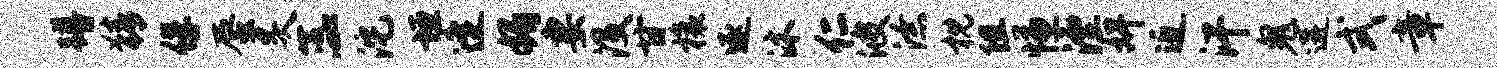
蹲猜俘蜃炙蕊沱垣逄媚妻没甘榱逐沐仁波潦枕阻慊湮婢近汗鬼遘式章